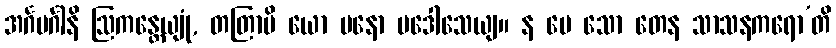
အင်္ဂမင်္ဂါနိ ဩကန္တေယျုံ, တတြာပိ ယော မနော ပဒေါသေယျ။ န မေ သော တေန သာသနကရော’တိ